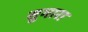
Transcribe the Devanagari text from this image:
सुमारा